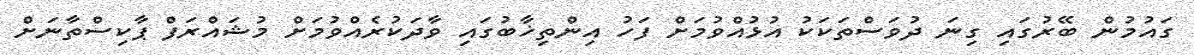
ގައުމުން ބޭރުގައި ގިނަ ދުވަސްތަކަކު އުޅުއްވުމަށް ފަހު އިންތިޚާބުގައި ވާދަކުރެއްވުމަށް މުޝައްރަފް ޕާކިސްތާނަށް